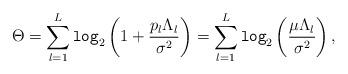
LaTeX: \begin{align*}\Theta=\sum_{l=1}^L\texttt{log}_2\left(1+\frac{p_l{\Lambda}_l}{\sigma^2}\right)=\sum_{l=1}^L\texttt{log}_2\left(\frac{\mu{\Lambda}_l}{\sigma^2}\right),\end{align*}